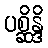
ပစ္ဆိန္ဒိ